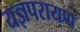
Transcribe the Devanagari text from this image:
यज्ञपरायण